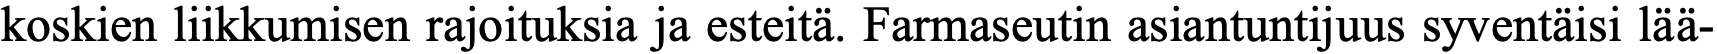
koskien liikkumisen rajoituksia ja esteitä. Farmaseutin asiantuntijuus syventäisi lää-